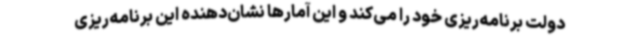
دولت برنامه‌ریزی خود را می‌کند و این آمارها نشان‌دهنده این برنامه‌ریزی